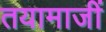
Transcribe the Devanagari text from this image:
तयामाजीं